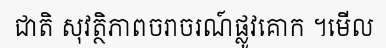
ជាតិ សុវត្ថិភាពចរាចរណ៍ផ្លូវគោក ។មើល